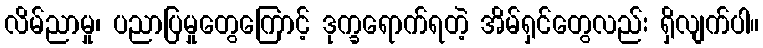
လိမ်ညာမှု၊ ပညာပြမှုတွေကြောင့် ဒုက္ခရောက်ရတဲ့ အိမ်ရှင်တွေလည်း ရှိလျက်ပါ။